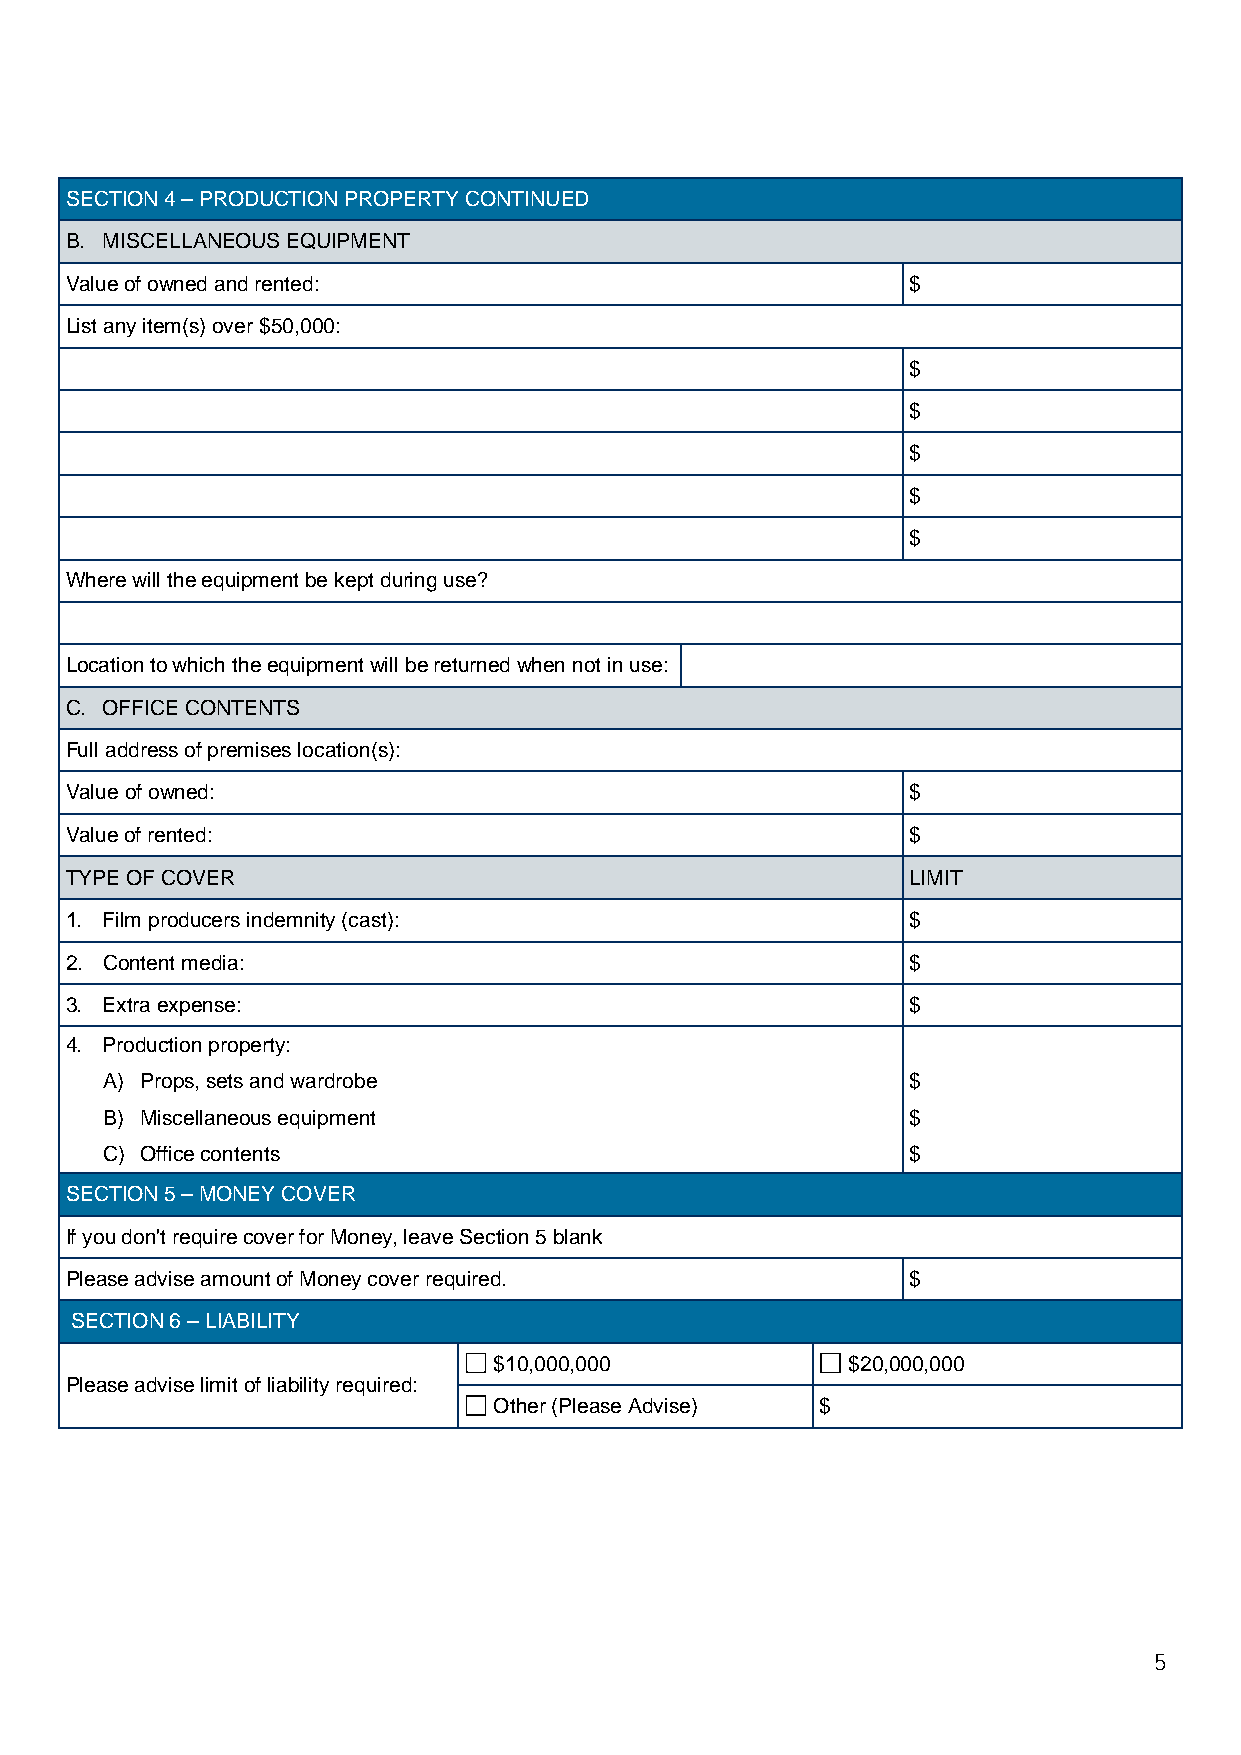
SECTION 4 – PRODUCTION PROPERTY CONTINUED
 B. MISCELLANEOUS EQUIPMENT
 Value of owned and rented:                              $
 List any item(s) over $50,000:
 $
 $
 $
 $
 $
 Where will the equipment be kept during use?
 Location to which the equipment will be returned when not in use:
 C. OFFICE CONTENTS
 Full address of premises location(s):
 Value of owned:                                         $
 Value of rented:                                        $
 TYPE OF COVER                                           LIMIT
 1. Film producers indemnity (cast):                     $
 2. Content media:                                       $
 3. Extra expense:                                       $
 4. Production property:
 A) Props, sets and wardrobe                          $
 B) Miscellaneous equipment                           $
 C) Office contents                                   $
 SECTION 5 – MONEY COVER
 If you don't require cover for Money, leave Section 5 blank
 Please advise amount of Money cover required.           $
 SECTION 6 – LIABILITY
 $10,000,000            $20,000,000
 Please advise limit of liability required:
 Other (Please Advise) $
 5